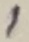
Text: 1